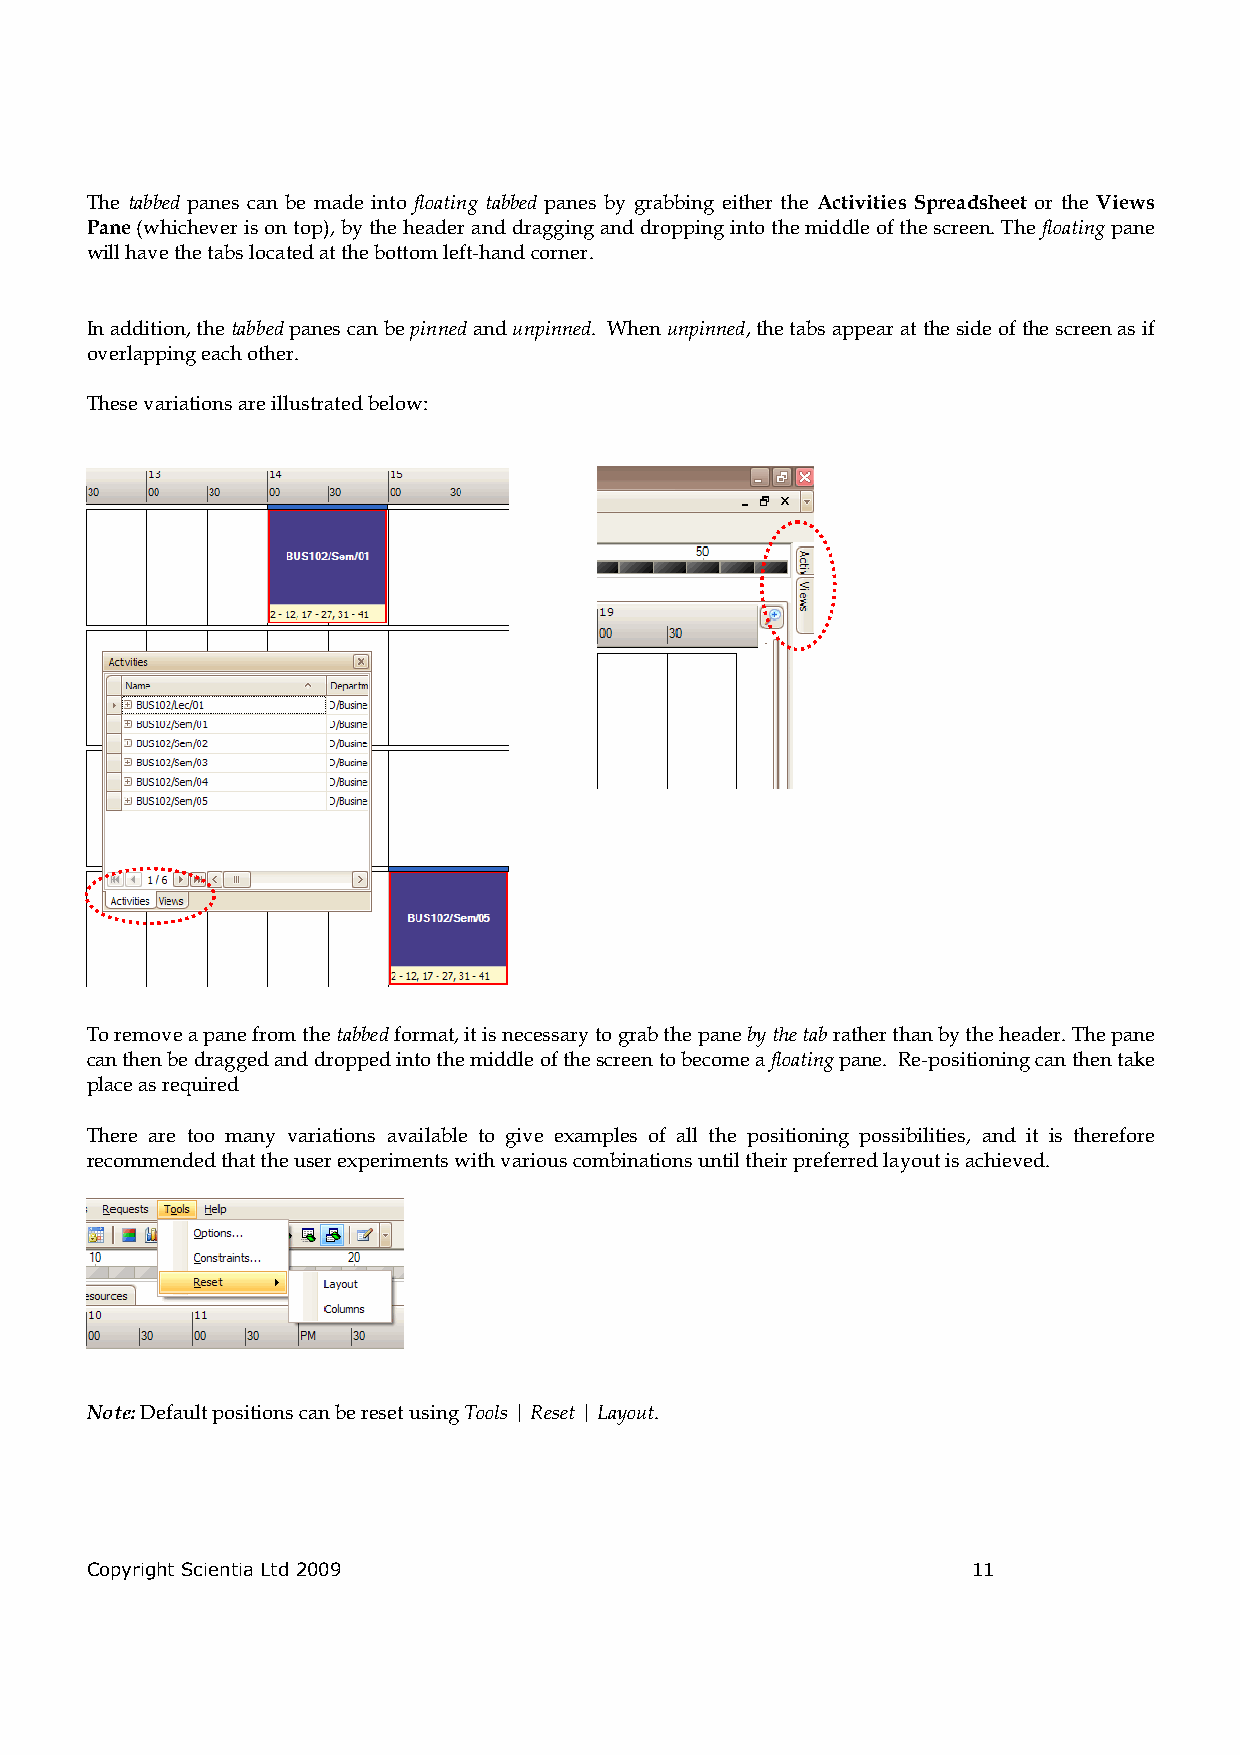
The tabbed panes can be made into floating tabbed panes by grabbing either the Activities Spreadsheet or the Views
 Pane (whichever is on top), by the header and dragging and dropping into the middle of the screen. The floating pane
 will have the tabs located at the bottom left-hand corner.
 In addition, the tabbed panes can be pinned and unpinned. When unpinned, the tabs appear at the side of the screen as if
 overlapping each other.
 These variations are illustrated below:
 To remove a pane from the tabbed format, it is necessary to grab the pane by the tab rather than by the header. The pane
 can then be dragged and dropped into the middle of the screen to become a floating pane. Re-positioning can then take
 place as required
 There are too many variations available to give examples of all the positioning possibilities, and it is therefore
 recommended that the user experiments with various combinations until their preferred layout is achieved.
 Note: Default positions can be reset using Tools | Reset | Layout.
 Copyright Scientia Ltd 2009                               11